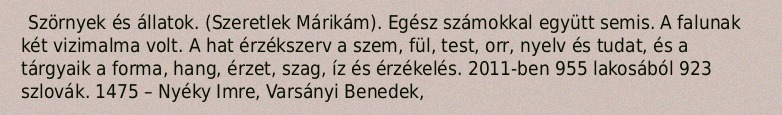
Szörnyek és állatok. (Szeretlek Márikám). Egész számokkal együtt semis. A falunak két vizimalma volt. A hat érzékszerv a szem, fül, test, orr, nyelv és tudat, és a tárgyaik a forma, hang, érzet, szag, íz és érzékelés. 2011-ben 955 lakosából 923 szlovák. 1475 – Nyéky Imre, Varsányi Benedek,